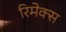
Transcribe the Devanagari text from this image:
रिमेक्स